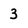
Character: 3